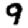
Digit: 9